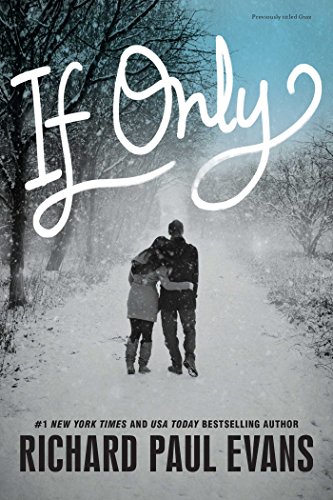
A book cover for If Only; Richard Paul Evans; Teen & Young Adult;